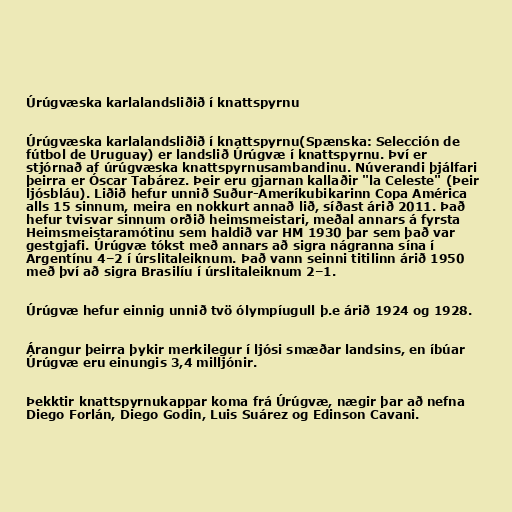
Úrúgvæska karlalandsliðið í knattspyrnu

Úrúgvæska karlalandsliðið í knattspyrnu(Spænska: Selección de
fútbol de Uruguay) er landslið Úrúgvæ í knattspyrnu. Því er
stjórnað af úrúgvæska knattspyrnusambandinu. Núverandi þjálfari
þeirra er Óscar Tabárez. Þeir eru gjarnan kallaðir "la Celeste" (Þeir
ljósbláu). Liðið hefur unnið Suður-Ameríkubikarinn Copa América
alls 15 sinnum, meira en nokkurt annað lið, síðast árið 2011. Það
hefur tvisvar sinnum orðið heimsmeistari, meðal annars á fyrsta
Heimsmeistaramótinu sem haldið var HM 1930 þar sem það var
gestgjafi. Úrúgvæ tókst með annars að sigra nágranna sína í
Argentínu 4–2 í úrslitaleiknum. Það vann seinni titilinn árið 1950
með því að sigra Brasilíu í úrslitaleiknum 2–1.

Úrúgvæ hefur einnig unnið tvö ólympíugull þ.e árið 1924 og 1928.

Árangur þeirra þykir merkilegur í ljósi smæðar landsins, en íbúar
Úrúgvæ eru einungis 3,4 milljónir.

Þekktir knattspyrnukappar koma frá Úrúgvæ, nægir þar að nefna
Diego Forlán, Diego Godin, Luis Suárez og Edinson Cavani.